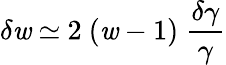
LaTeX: {\delta}\mathit{w}\ {\simeq}\ 2\ (\mathit{w}-1)\ \frac{{\delta\gamma}}{{\gamma}}